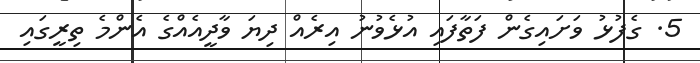
5. ގެފުޅު ވަށައިގެން ފަތާފައި އުޅެވުނު އިރެއް ދިޔަ ވާދީއެއްގެ އެންމެ ތިރީގައި